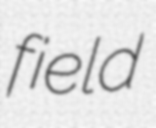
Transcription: field